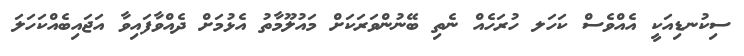
ސިކުނޑިއަކީ އެއްވެސް ކަހަލ ހުރަހެއް ނެތި ބޭނުންވަރަކަށް މައުލޫމާތު އެޅުމަށް ދެއްވާފައިވާ އަޖައިބެއްކަހަލަ